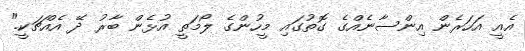
އެއީ އަހަރެން އިންސާނެއްގެ ގޮތުގައި މީހުންގެ ލޯމަތީ އުޅެން ބާރު ދޭ އެއްޗަކީ."